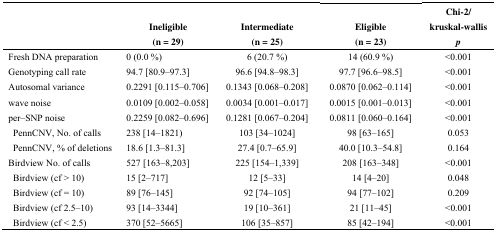
<table><thead><tr><td></td><td><b>Ineligible</b></td><td><b>Intermediate</b></td><td><b>Eligible</b></td><td><b>Chi-2/kruskal-wallis</b></td></tr><tr><td></td><td><b>(n = 29)</b></td><td><b>(n = 25)</b></td><td><b>(n = 23)</b></td><td><b><i>p</i></b></td></tr></thead><tbody><tr><td>Fresh DNA preparation</td><td>0 (0.0 %)</td><td>6 (20.7 %)</td><td>14 (60.9 %)</td><td>&lt;0.001</td></tr><tr><td>Genotyping call rate</td><td>94.7 [80.9–97.3]</td><td>96.6 [94.8–98.3]</td><td>97.7 [96.6–98.5]</td><td>&lt;0.001</td></tr><tr><td>Autosomal variance</td><td>0.2291 [0.115–0.706]</td><td>0.1343 [0.068–0.208]</td><td>0.0870 [0.062–0.114]</td><td>&lt;0.001</td></tr><tr><td>wave noise</td><td>0.0109 [0.002–0.058]</td><td>0.0034 [0.001–0.017]</td><td>0.0015 [0.001–0.013]</td><td>&lt;0.001</td></tr><tr><td>per–SNP noise</td><td>0.2259 [0.082–0.696]</td><td>0.1281 [0.067–0.204]</td><td>0.0811 [0.060–0.164]</td><td>&lt;0.001</td></tr><tr><td> PennCNV, No. of calls</td><td>238 [14–1821)</td><td>103 [34–1024]</td><td>98 [63–165]</td><td>0.053</td></tr><tr><td> PennCNV, % of deletions</td><td>18.6 [1.3–81.3]</td><td>27.4 [0.7–65.9]</td><td>40.0 [10.3–54.8]</td><td>0.164</td></tr><tr><td>Birdview No. of calls</td><td>527 [163–8,203]</td><td>225 [154–1,339]</td><td>208 [163–348]</td><td>&lt;0.001</td></tr><tr><td> Birdview (cf &gt; 10)</td><td>15 [2–717]</td><td>12 [5–33]</td><td>14 [4–20]</td><td>0.048</td></tr><tr><td> Birdview (cf = 10)</td><td>89 [76–145]</td><td>92 [74–105]</td><td>94 [77–102]</td><td>0.209</td></tr><tr><td> Birdview (cf 2.5–10)</td><td>93 [14–3344]</td><td>19 [10–361]</td><td>21 [11–45]</td><td>&lt;0.001</td></tr><tr><td> Birdview (cf &lt; 2.5)</td><td>370 [52–5665]</td><td>106 [35–857]</td><td>85 [42–194]</td><td>&lt;0.001</td></tr></tbody></table>